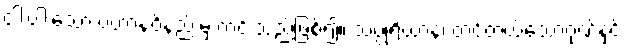
ငါးပါးသော ပဟာနဝိနည်းမှ ကင်းသည်ဖြစ်၍။ သပ္ပုရိယာနံ၊ တင့်တယ်သောဂုဏ်နှင့်